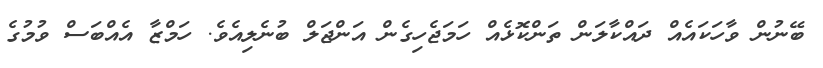
ބޭނުން ވާހަކައެއް ދައްކާލަން ތަންކޮޅެއް ހަމަޖެހިގެން އަންޖަލް ބުނެލިއެވެ. ހަމްޒާ އެއްބަސް ވުމުގެ